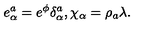
e _ { \alpha } ^ { a } = e ^ { \phi } \delta _ { \alpha } ^ { a } , \chi _ { \alpha } = \rho _ { a } \lambda .